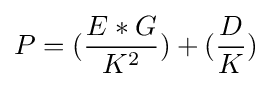
P=({\frac {E*G}{K^{2}}})+({\frac {D}{K}})